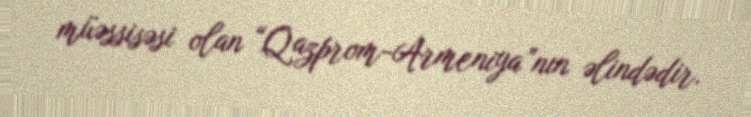
müəssisəsi olan “Qazprom-Armeniya”nın əlindədir.